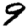
Digit: 9